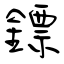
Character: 鏢